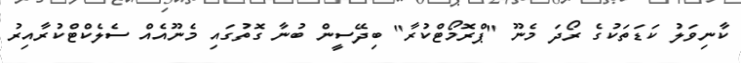
ކާނިވަލު ކަޑަތަކުގެ ރޯދަ މެނޫ "ޕްރޮމޯޓްކުރާ" ބިދޭސީން ބުނާ ގޮތުގައި މެނޫއެއް ސެލެކްޓްކުރާއިރު